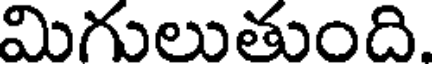
మిగులుతుంది.